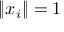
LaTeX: \| x _ { i } \| = 1